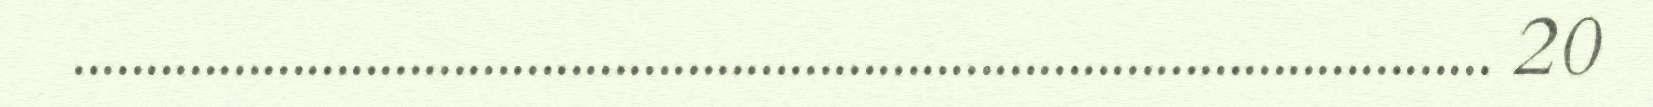
................................................................................................. 20